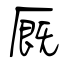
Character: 厩